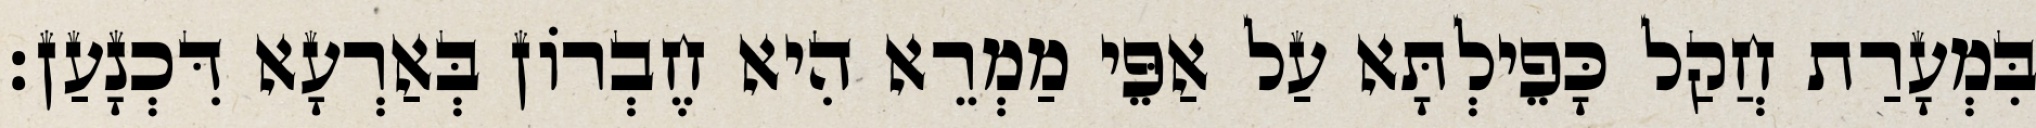
בִּמְעָרַת חֲקַל כָּפֵילְתָּא עַל אַפֵּי מַמְרֵא הִיא חֶבְרוֹן בְּאַרְעָא דִּכְנָעַן׃